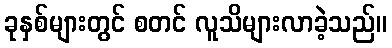
ခုနှစ်များတွင် စတင် လူသိများလာခဲ့သည်။